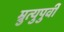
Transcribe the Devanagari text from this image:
म्रुत्युपुर्वी